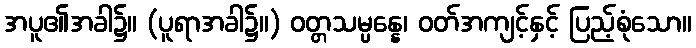
အပူ၏အခါ၌။ (ပူရာအခါ၌။) ဝတ္တသမ္ပန္နေ၊ ဝတ်အကျင့်နှင့် ပြည့်စုံသော။